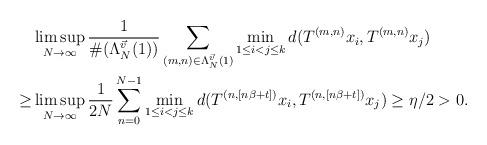
LaTeX: \begin{align*}&\limsup_{N\to\infty}\frac{1}{\#(\Lambda_N^{\vec{v}}(1))}\sum_{(m,n)\in\Lambda_N^{\vec{v}}(1)}\min_{1\leq i<j\leq k} d(T^{(m,n)}x_i,T^{(m,n)}x_j)\\\geq&\limsup_{N\to\infty}\frac{1}{2N}\sum_{n=0}^{N-1}\min_{1\leq i<j\leq k} {d}(T^{(n,[n\beta+t])}x_i,T^{(n,[n\beta+t])}x_j)\geq \eta/2>0.\end{align*}